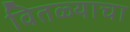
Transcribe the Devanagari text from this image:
वितळ्याचा